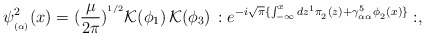
\begin{align*}\psi^2_{_{(\alpha)}}(x) = (\frac{\mu}{2\pi})^{^{1/2}} {\cal K}(\phi_1)\,{\cal K}(\phi_3)\, :e^{-i \sqrt{\pi} \{\int_{-\infty}^x dz^1 \pi_{_2}(z) + \gamma^5_{_{\alpha\alpha}} \phi_{_2}(x)\}}:,\end{align*}